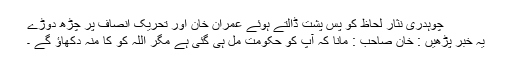
چوہدری نثار لحاظ کو پس پشت ڈالتے ہوئے عمران خان اور تحریک انصاف پر چڑھ دوڑے
یہ خبر پڑھیں : خان صاحب : مانا کہ آپ کو حکومت مل ہی گئی ہے مگر اللہ کو کا منہ دکھاؤ گے ۔